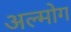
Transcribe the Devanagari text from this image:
अल्मोग